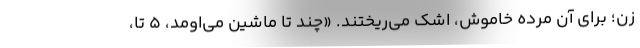
زن؛ براي آن مرده خاموش، اشك مي‌ريختند. «چند تا ماشين مي‌اومد، 5 تا،